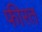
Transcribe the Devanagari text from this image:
फीरत